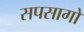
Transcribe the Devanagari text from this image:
सपसागो